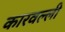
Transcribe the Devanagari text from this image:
कारवल्ली